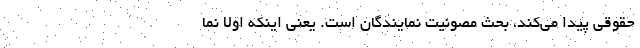
حقوقی پیدا می‌کند، بحث مصونیت نمایندگان است. یعنی اینکه اولاً نما